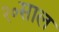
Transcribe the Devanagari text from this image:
२०साल